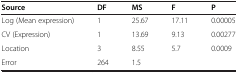
<table><thead><tr><td><b>Source</b></td><td><b>DF</b></td><td><b>MS</b></td><td><b>F</b></td><td><b>P</b></td></tr></thead><tbody><tr><td>Log (Mean expression)</td><td>1</td><td>25.67</td><td>17.11</td><td>0.00005</td></tr><tr><td>CV (Expression)</td><td>1</td><td>13.69</td><td>9.13</td><td>0.00277</td></tr><tr><td>Location</td><td>3</td><td>8.55</td><td>5.7</td><td>0.0009</td></tr><tr><td>Error</td><td>264</td><td>1.5</td><td> </td><td> </td></tr></tbody></table>